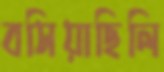
বসিয়াছিলি